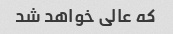
که عالی خواهد شد